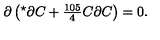
\partial \left( { } ^ { \star } \partial C + { \textstyle \frac { 1 0 5 } { 4 } } C \partial C \right) = 0 .